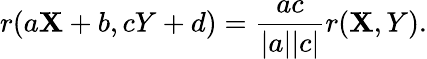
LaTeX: r(a\mathbf{X}+b,cY+d)=\frac{{ac}}{{|a||c|}}r(\mathbf{X},Y).